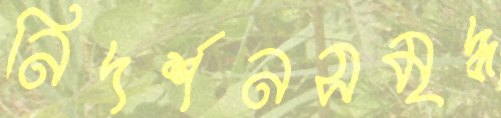
নিদর্শনসমৃদ্ধ